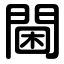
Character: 閫